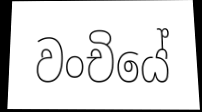
වංචියේ